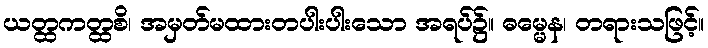
ယတ္ထကတ္ထစိ၊ အမှတ်မထားတပါးပါးသော အရပ်၌။ ဓမ္မေန၊ တရားသဖြင့်။